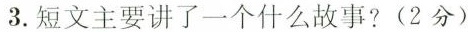
3.短文主要讲了一个什么故事?(2分)